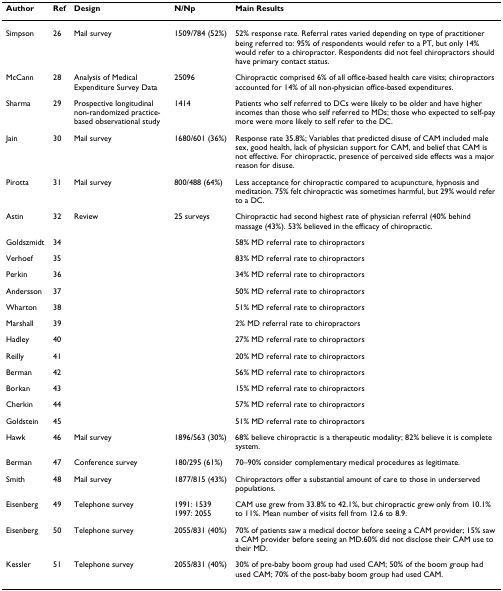
<table><thead><tr><td><b>Author</b></td><td><b>Ref</b></td><td><b>Design</b></td><td><b>N/Np</b></td><td><b>Main Results</b></td></tr></thead><tbody><tr><td>Simpson</td><td>26</td><td>Mail survey</td><td>1509/784 (52%)</td><td>52% response rate. Referral rates varied depending on type of practitioner being referred to: 95% of respondents would refer to a PT, but only 14% would refer to a chiropractor. Respondents did not feel chiropractors should have primary contact status.</td></tr><tr><td>McCann</td><td>28</td><td>Analysis of Medical Expenditure Survey Data</td><td>25096</td><td>Chiropractic comprised 6% of all office-based health care visits; chiropractors accounted for 14% of all non-physician office-based expenditures.</td></tr><tr><td>Sharma</td><td>29</td><td>Prospective longitudinal non-randomized practice-based observational study</td><td>1414</td><td>Patients who self referred to DCs were likely to be older and have higher incomes than those who self referred to MDs; those who expected to self-pay more were more likely to self refer to the DC.</td></tr><tr><td>Jain</td><td>30</td><td>Mail survey</td><td>1680/601 (36%)</td><td>Response rate 35.8%; Variables that predicted disuse of CAM included male sex, good health, lack of physician support for CAM, and belief that CAM is not effective. For chiropractic, presence of perceived side effects was a major reason for disuse.</td></tr><tr><td>Pirotta</td><td>31</td><td>Mail survey</td><td>800/488 (64%)</td><td>Less acceptance for chiropractic compared to acupuncture, hypnosis and meditation. 75% felt chiropractic was sometimes harmful, but 29% would refer to a DC.</td></tr><tr><td>Astin</td><td>32</td><td>Review</td><td>25 surveys</td><td>Chiropractic had second highest rate of physician referral (40% behind massage (43%). 53% believed in the efficacy of chiropractic.</td></tr><tr><td>Goldszmidt</td><td>34</td><td></td><td></td><td>58% MD referral rate to chiropractors</td></tr><tr><td>Verhoef</td><td>35</td><td></td><td></td><td>83% MD referral rate to chiropractors</td></tr><tr><td>Perkin</td><td>36</td><td></td><td></td><td>34% MD referral rate to chiropractors</td></tr><tr><td>Andersson</td><td>37</td><td></td><td></td><td>50% MD referral rate to chiropractors</td></tr><tr><td>Wharton</td><td>38</td><td></td><td></td><td>51% MD referral rate to chiropractors</td></tr><tr><td>Marshall</td><td>39</td><td></td><td></td><td>2% MD referral rate to chiropractors</td></tr><tr><td>Hadley</td><td>40</td><td></td><td></td><td>27% MD referral rate to chiropractors</td></tr><tr><td>Reilly</td><td>41</td><td></td><td></td><td>20% MD referral rate to chiropractors</td></tr><tr><td>Berman</td><td>42</td><td></td><td></td><td>56% MD referral rate to chiropractors</td></tr><tr><td>Borkan</td><td>43</td><td></td><td></td><td>15% MD referral rate to chiropractors</td></tr><tr><td>Cherkin</td><td>44</td><td></td><td></td><td>57% MD referral rate to chiropractors</td></tr><tr><td>Goldstein</td><td>45</td><td></td><td></td><td>51% MD referral rate to chiropractors</td></tr><tr><td>Hawk</td><td>46</td><td>Mail survey</td><td>1896/563 (30%)</td><td>68% believe chiropractic is a therapeutic modality; 82% believe it is complete system.</td></tr><tr><td>Berman</td><td>47</td><td>Conference survey</td><td>180/295 (61%)</td><td>70–90% consider complementary medical procedures as legitimate.</td></tr><tr><td>Smith</td><td>48</td><td>Mail survey</td><td>1877/815 (43%)</td><td>Chiropractors offer a substantial amount of care to those in underserved populations.</td></tr><tr><td>Eisenberg</td><td>49</td><td>Telephone survey</td><td>1991: 15391997: 2055</td><td>CAM use grew from 33.8% to 42.1%, but chiropractic grew only from 10.1% to 11%. Mean number of visits fell from 12.6 to 8.9.</td></tr><tr><td>Eisenberg</td><td>50</td><td>Telephone survey</td><td>2055/831 (40%)</td><td>70% of patients saw a medical doctor before seeing a CAM provider; 15% saw a CAM provider before seeing an MD.60% did not disclose their CAM use to their MD.</td></tr><tr><td>Kessler</td><td>51</td><td>Telephone survey</td><td>2055/831 (40%)</td><td>30% of pre-baby boom group had used CAM; 50% of the boom group had used CAM; 70% of the post-baby boom group had used CAM.</td></tr></tbody></table>